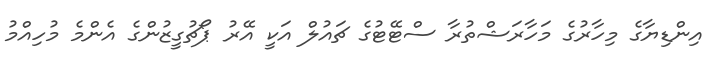
އިންޑިޔާގެ މިހާރުގެ މަހާރަޝްތުރާ ސްޓޭޓުގެ ޗައުލް އަކީ އޭރު ޕޯޗުގީޒުންގެ އެންމެ މުހިއްމު